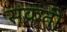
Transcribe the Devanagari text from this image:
संक्रती